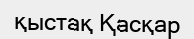
қыстақ Қасқар